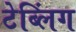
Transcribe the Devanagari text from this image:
टेब्लिंग